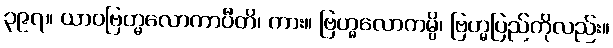
၃၉၇။ ယာဝဗြဟ္မလောကာပီတိ၊ ကား။ ဗြဟ္မလောကမ္ပိ၊ ဗြဟ္မပြည်ကိုလည်း။